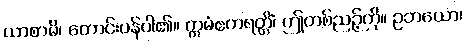
ယာစာမိ၊ တောင်းပန်ပါ၏။ ဣမံဧကရတ္တိံ၊ ဤတစ်ညဉ့်ကို။ ဥဘယော၊